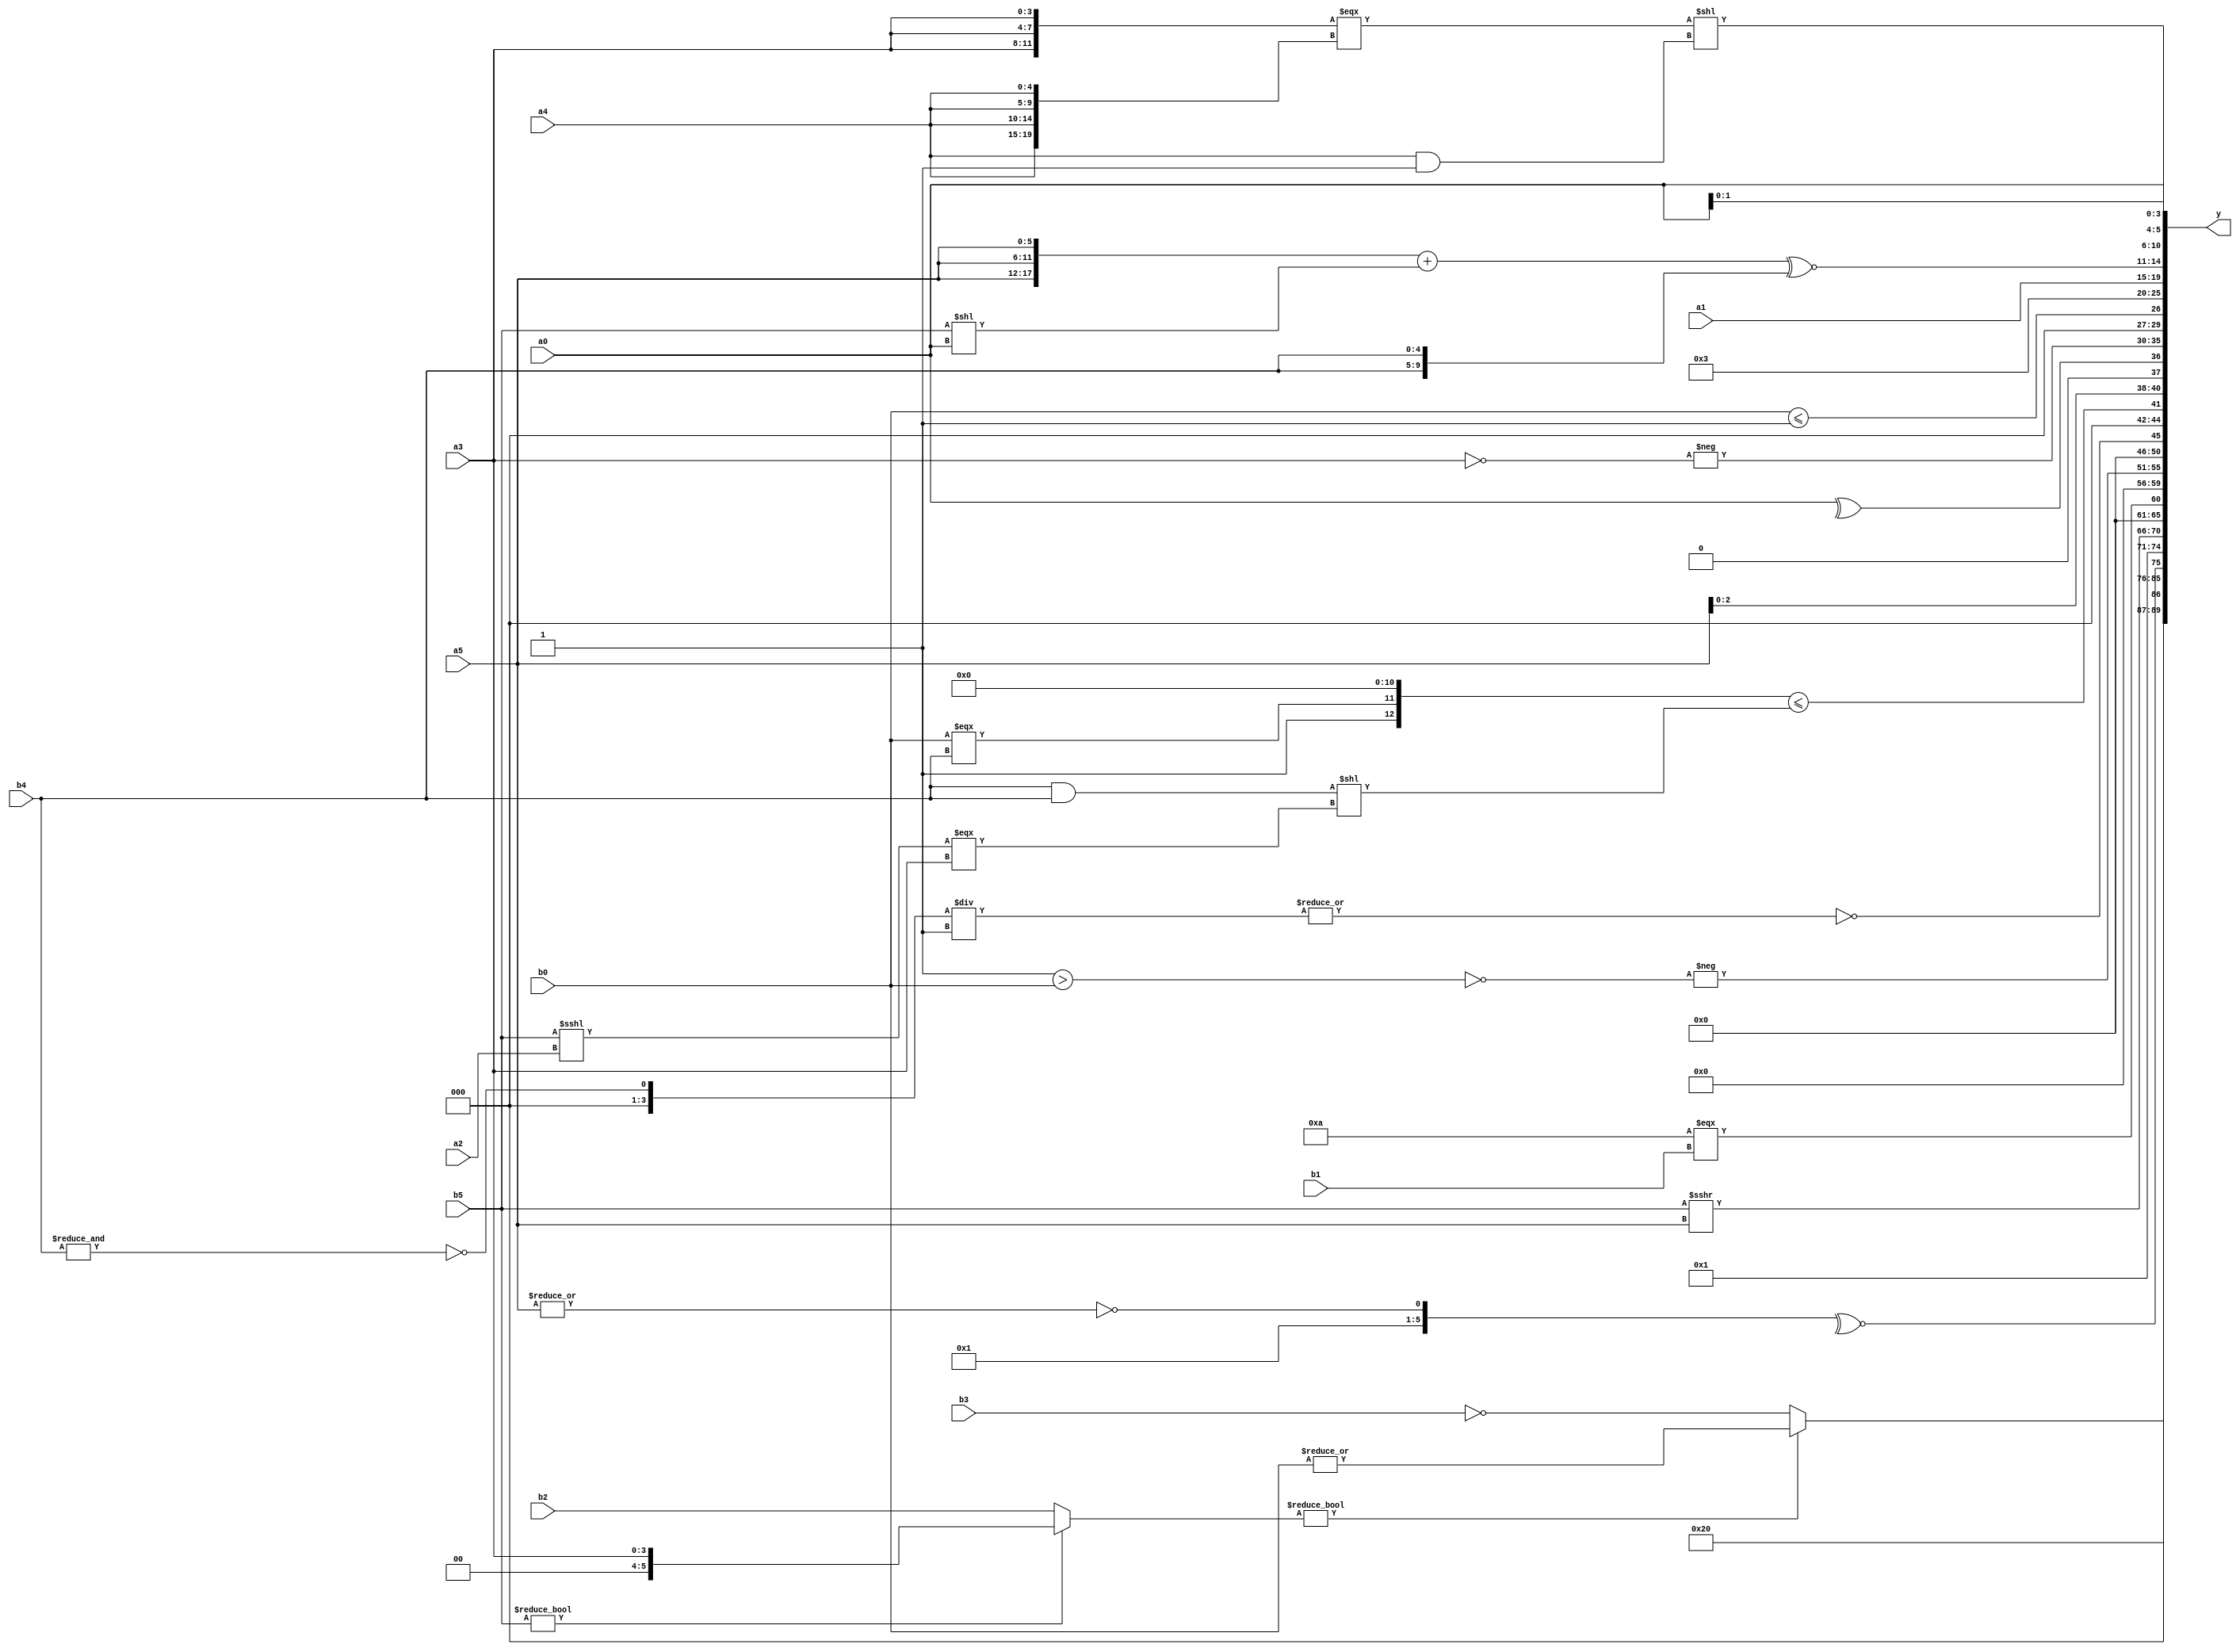
module expression_00977(a0, a1, a2, a3, a4, a5, b0, b1, b2, b3, b4, b5, y);
  input [3:0] a0;
  input [4:0] a1;
  input [5:0] a2;
  input signed [3:0] a3;
  input signed [4:0] a4;
  input signed [5:0] a5;

  input [3:0] b0;
  input [4:0] b1;
  input [5:0] b2;
  input signed [3:0] b3;
  input signed [4:0] b4;
  input signed [5:0] b5;

  wire [3:0] y0;
  wire [4:0] y1;
  wire [5:0] y2;
  wire signed [3:0] y3;
  wire signed [4:0] y4;
  wire signed [5:0] y5;
  wire [3:0] y6;
  wire [4:0] y7;
  wire [5:0] y8;
  wire signed [3:0] y9;
  wire signed [4:0] y10;
  wire signed [5:0] y11;
  wire [3:0] y12;
  wire [4:0] y13;
  wire [5:0] y14;
  wire signed [3:0] y15;
  wire signed [4:0] y16;
  wire signed [5:0] y17;

  output [89:0] y;
  assign y = {y0,y1,y2,y3,y4,y5,y6,y7,y8,y9,y10,y11,y12,y13,y14,y15,y16,y17};

  localparam [3:0] p0 = ({{(4'd11),(4'd10),(4'd11)}}?(^(&(2'sd0))):{(^(5'sd12))});
  localparam [4:0] p1 = ((!((^{4{(5'sd3)}})<<((-2'sd0)-(2'sd1))))+{2{{((5'sd3)-(2'd2))}}});
  localparam [5:0] p2 = ((|{3{(2'd2)}})<<((5'd26)>>>(3'sd1)));
  localparam signed [3:0] p3 = {({(2'd2),(5'd30)}?(|(5'd12)):(+(2'd2))),{(4'sd5),(|(4'sd6)),{(2'd2),(2'd3),(-3'sd1)}}};
  localparam signed [4:0] p4 = (~|(&(3'd0)));
  localparam signed [5:0] p5 = (!(3'd0));
  localparam [3:0] p6 = (~(+(~^(~^((3'd2)&(3'd0))))));
  localparam [4:0] p7 = ((3'd3)>(2'd0));
  localparam [5:0] p8 = (~|{2{{{4{(4'sd4)}}}}});
  localparam signed [3:0] p9 = (~&(3'sd3));
  localparam signed [4:0] p10 = (~|(4'd6));
  localparam signed [5:0] p11 = ((2'sd1)?(4'sd4):(2'sd1));
  localparam [3:0] p12 = (2'sd1);
  localparam [4:0] p13 = ((-5'sd8)>=(3'd6));
  localparam [5:0] p14 = ({3{(-4'sd0)}}?(&{4{(5'd17)}}):((3'd3)^~(-4'sd4)));
  localparam signed [3:0] p15 = (~^{(&(~|({(5'd18),(5'd30)}?((3'sd1)?(2'd1):(-3'sd1)):{(5'd4),(2'sd0)}))),(&(((3'd4)?(-3'sd3):(2'd1))^~(&((4'sd3)<<<(-5'sd2)))))});
  localparam signed [4:0] p16 = ({4{(4'sd3)}}^~{1{{(-4'sd5),(2'd2),(2'd0)}}});
  localparam signed [5:0] p17 = {3{(4'd4)}};

  assign y0 = ((b5?a3:b2)?(|b0):(!b3));
  assign y1 = ((p13<p12)<={2{p14}});
  assign y2 = (~^{(4'd2 * p0),(p2<=p3),(~|a5)});
  assign y3 = {(~&{{{p0,p11,p8},(^{p4,p14})}})};
  assign y4 = {4{(b5>>>a5)}};
  assign y5 = ($signed((5'd10))===((b1)));
  assign y6 = ((4'd11)<=$unsigned(({4{p11}}!=(p6^~p9))));
  assign y7 = (+(-(~&(p7>b0))));
  assign y8 = (~|((+(~&b4))/p9));
  assign y9 = ({(p3!=p9),(b0===b4),{p10,p2}}<=(((b4)&$unsigned(b4))<<((b5<<<a2)===$unsigned(a3))));
  assign y10 = {3{{1{{{a0,b2,a5},(~^p11),(^a0)}}}}};
  assign y11 = ((~|(~{2{p3}}))?(-(~(p7?a3:a3))):{1{(&(&{3{b2}}))}});
  assign y12 = ($unsigned(b0)<=(p3!=p13));
  assign y13 = (~^(4'd2 * (^(5'd27))));
  assign y14 = {p13,p13,a1};
  assign y15 = (({3{a5}}+(b5<<a0))^~{2{(b4<<p14)}});
  assign y16 = (({3{a3}}==={4{a4}})<<({1{{1{a4}}}}&(p15||p15)));
  assign y17 = ({4{{1{$unsigned({2{a0}})}}}});
endmodule